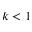
k < 1